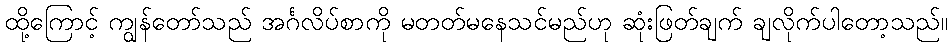
ထို့ကြောင့် ကျွန်တော်သည် အင်္ဂလိပ်စာကို မတတ်မနေသင်မည်ဟု ဆုံးဖြတ်ချက် ချလိုက်ပါတော့သည်။